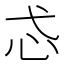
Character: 𢖼